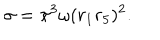
\sigma = \pi ^ { 3 } \omega ( r _ { 1 } r _ { 5 } ) ^ { 2 } .